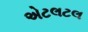
એટલટલ